Vaccine operations Central Provinces 1868-1885 - 1868-1885
Year: 1868
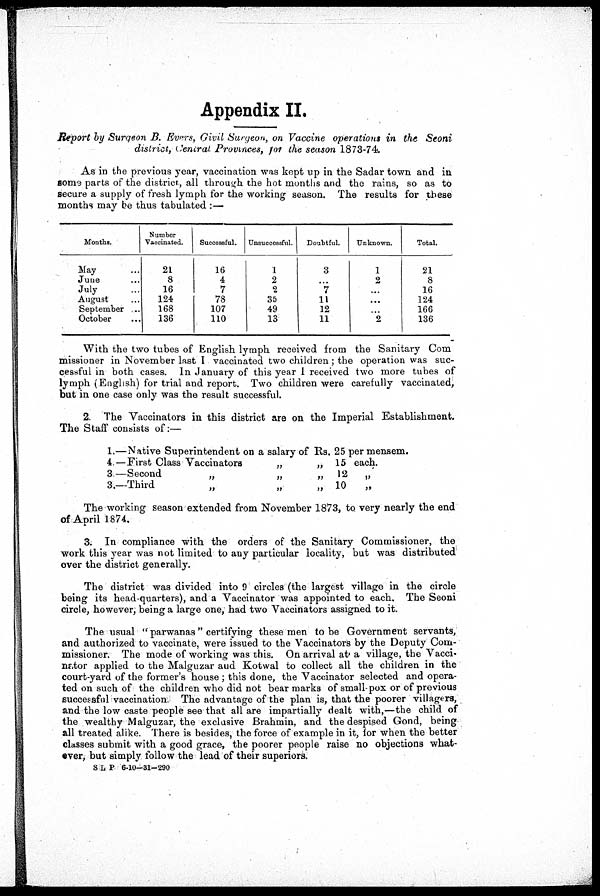
Appendix II.
Report by Surgeon B. Evers, Civil Surgeon, on Vaccine operations in the Seoni
district, Central Provinces, for the season 1873-74.
As in the previous year, vaccination was kept up in the Sadar town and in
some parts of the district, all through the hot months and the rains, so as to
secure a supply of fresh lymph for the working season. The results for these
months may be thus tabulated :—
Months.
May ...
June ...
July ...
August ...
September ...
October ...
Number
Vaccinated.
21
8
16
124
168
136
Successful.
16
4
7
78
107
110
Unsuccessful.
1
2
2
35
49
13
Doubtful.
3
...
7
11
12
11
Unknown.
1
2
...
...
...
2
Total.
21
8
16
124
166
136
With the two tubes of English lymph received from the Sanitary Com
missioner in November last I vaccinated two children ; the operation was suc-
cessful in both cases. In January of this year 1 received two more tubes of
lymph (English) for trial and report. Two children were carefully vaccinated,
but in one case only was the result successful.
2. The Vaccinators in this district are on the Imperial Establishment.
The Staff consists of:—
1,
4.
3
3
.—Native Superintendent on a salary of Rs. 25 per mensem.
—First Class Vaccinators
„
„ 15 each.
—Second
„
„
„ 12
„
—Third
„
„
„ 10
„
The working season extended from November 1873, to very nearly the end
of April 1874.
3. In compliance with the orders of the Sanitary Commissioner, the
work this year was not limited to any particular locality, but was distributed
over the district generally.
The district was divided into 9 circles (the largest village in the circle
being its head-quarters), and a Vaccinator was appointed to each. The Seoni
circle, however; being a large one; had two Vaccinators assigned to it.
The usual " parwanas" certifying these men to be Government servants,
and authorized to vaccinate, were issued to the Vaccinators by the Deputy Com-
missioner. The mode of working was this. On arrival at a village, the Vacci-
nator applied to the Malguzar and Kotwal to collect all the children in the
court-yard of the former's house ; this done, the Vaccinator selected and opera-
ted on such of the children who did not bear marks of small-pox or of previous
successful vaccination. The advantage of the plan is, that the poorer villagers,
and the low caste people see that all are impartially dealt with,—the child of
the wealthy Malguzar, the exclusive Brahmin, and the despised Gond, being
all treated alike. There is besides, the force of example in it, for when the better
classes submit with a good grace, the poorer people raise no objections what-
ever, but simply follow the lead of their superiors.
S L P 6-10—31-290